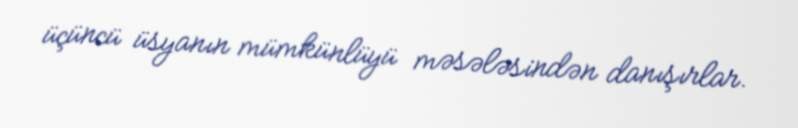
üçüncü üsyanın mümkünlüyü məsələsindən danışırlar.